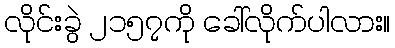
လိုင်းခွဲ ၂၁၅၇ကို ခေါ်လိုက်ပါလား။